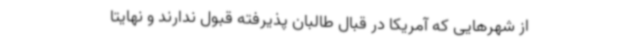
از شهرهایی که آمریکا در قبال طالبان پذیرفته قبول ندارند و نهایتا